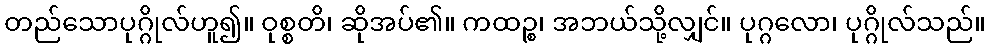
တည်သောပုဂ္ဂိုလ်ဟူ၍။ ဝုစ္စတိ၊ ဆိုအပ်၏။ ကထဉ္စ၊ အဘယ်သို့လျှင်။ ပုဂ္ဂလော၊ ပုဂ္ဂိုလ်သည်။